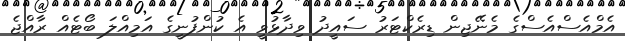
އެމްއެސްއެސްގެ މެނޭޖިން ޑިރެކްޓަރު ސައީދު ވިދާޅުވީ އެ ކުންފުނީގެ އަމިއްލަ ބޯޓެއް ރާއްޖެ